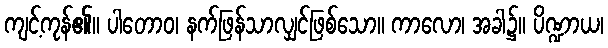
ကျင့်ကုန်၏။ ပါတောဝ၊ နက်ဖြန်သာလျှင်ဖြစ်သော။ ကာလော၊ အခါ၌။ ပိဏ္ဍာယ၊